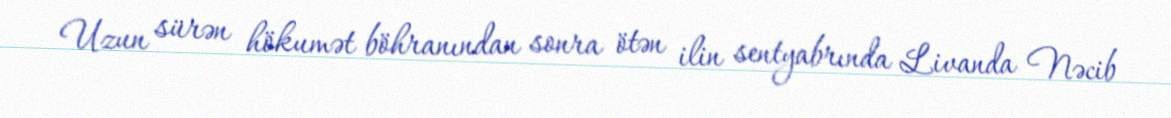
Uzun sürən hökumət böhranından sonra ötən ilin sentyabrında Livanda Nəcib